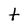
Character: t